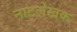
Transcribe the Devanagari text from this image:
नाटलेखक